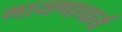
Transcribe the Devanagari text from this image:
मायणाचार्य